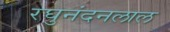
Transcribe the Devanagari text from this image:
रघुनंदनलाल